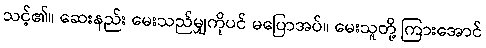
သင့်၏။ ဆေးနည်း မေးသည်မျှကိုပင် မပြောအပ်။ မေးသူတို့ ကြားအောင်